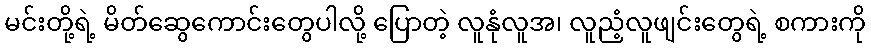
မင်းတို့ရဲ့ မိတ်ဆွေကောင်းတွေပါလို့ ပြောတဲ့ လူနုံလူအ၊ လူညံ့လူဖျင်းတွေရဲ့ စကားကို